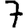
Digit: 7